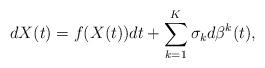
LaTeX: \begin{align*}dX(t)=f(X(t))dt+\sum_{k=1}^{K}\sigma_k d\beta^k(t),\end{align*}